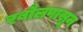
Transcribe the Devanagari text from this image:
रबौलपासून